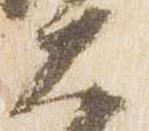
大